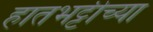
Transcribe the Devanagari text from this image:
हातभट्टीच्या